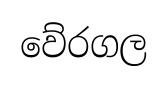
වේරගල